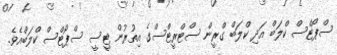
ސްޕޯޓްސް ކްލަބް އަދި ކްލަބް ގްރީން ސްޓްރީޓްސްގެ އިތުރުން ޓީސީ ސްޕޯޓްސް ކްލަބްއެވެ.